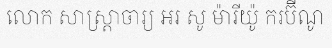
លោក សាស្ត្រាចារ្យ អរ សូ ម៉ារីយ៉ូ ករប៊ីណូ